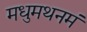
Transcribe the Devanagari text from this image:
मधुमथनमं